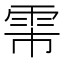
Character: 𬯻